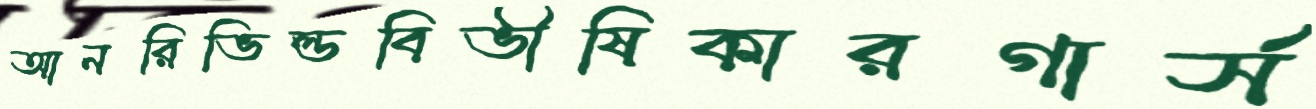
আনরিভিল্ডবিভীষিকারগার্স